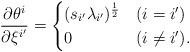
LaTeX: \begin{align*}\frac{ \partial \theta^i}{\partial \xi^{i'}} & =\begin{cases}(s_{i'} \lambda_{i'} )^{\frac{1}{2}} & (i = i') \\0 & (i \neq i').\end{cases}\end{align*}